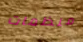
منظمات